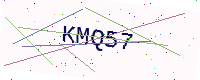
Text: KMQ57